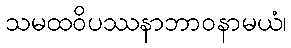
သမထဝိပဿနာဘာဝနာမယံ၊